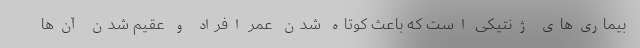
بیماری‌های ژنتیکی است که باعث کوتاه شدن عمر افراد و عقیم شدن آن‌ها